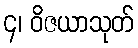
၄၊ ဝိဇယာသုတ်